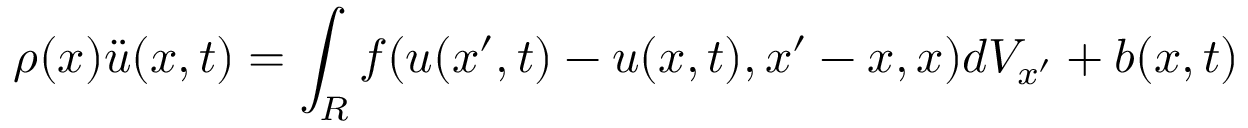
\rho ( x ) { \ddot { u } } ( x , t ) = \int _ { R } f ( u ( x ^ { \prime } , t ) - u ( x , t ) , x ^ { \prime } - x , x ) d V _ { x ^ { \prime } } + b ( x , t )